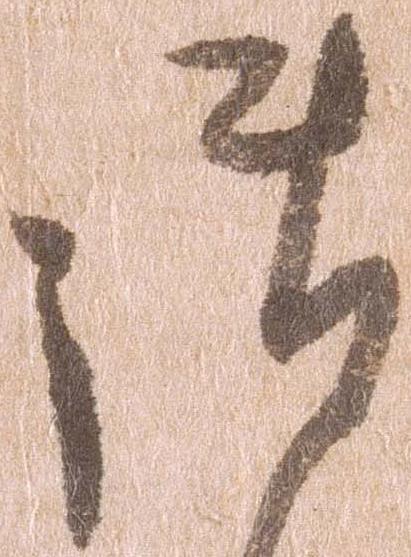
御